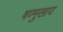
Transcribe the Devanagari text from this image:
षण्मुखाय